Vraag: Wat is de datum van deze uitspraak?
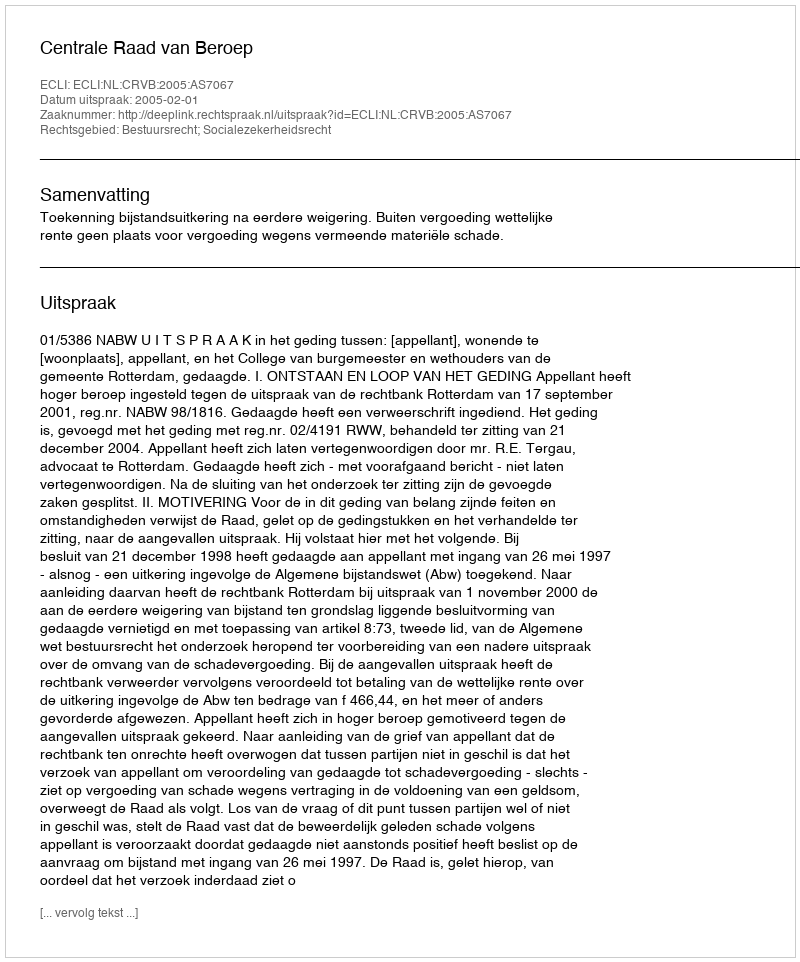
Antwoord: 2005-02-01